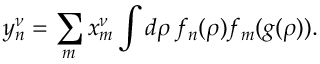
y _ { n } ^ { \nu } = \sum _ { m } x _ { m } ^ { \nu } \int d \rho \, f _ { n } ( \rho ) f _ { m } ( g ( \rho ) ) .